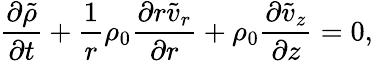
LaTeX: \frac{\partial\tilde{\rho}}{\partial t}+\frac{1}{r}\rho_{0}\frac{\partial r\tilde{v}_{r}}{\partial r}+\rho_{0}\frac{\partial\tilde{v}_{z}}{\partial z}=0,